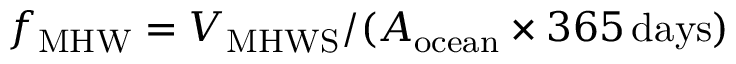
\ensuremath { f _ { \mathrm { M H W } } } = \ensuremath { V _ { \mathrm { M H W S } } } / ( A _ { \mathrm { o c e a n } } \times 3 6 5 \, \mathrm { d a y s ) }